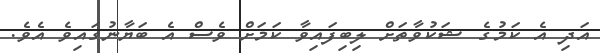
އަދި އެ ކަމުގެ ޝަކުވާތަށް ލިބިފައިވާ ކަމަށް ވެސް އެ ބަޔާނުގައިވެ އެވެ.